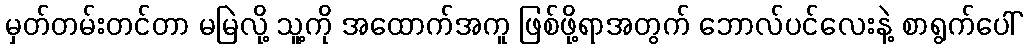
မှတ်တမ်းတင်တာ မမြဲလို့ သူ့ကို အထောက်အကူ ဖြစ်ဖို့ရာအတွက် ဘောလ်ပင်လေးနဲ့ စာရွက်ပေါ်